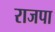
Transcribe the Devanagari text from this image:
राजपा